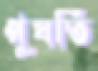
পুষতি